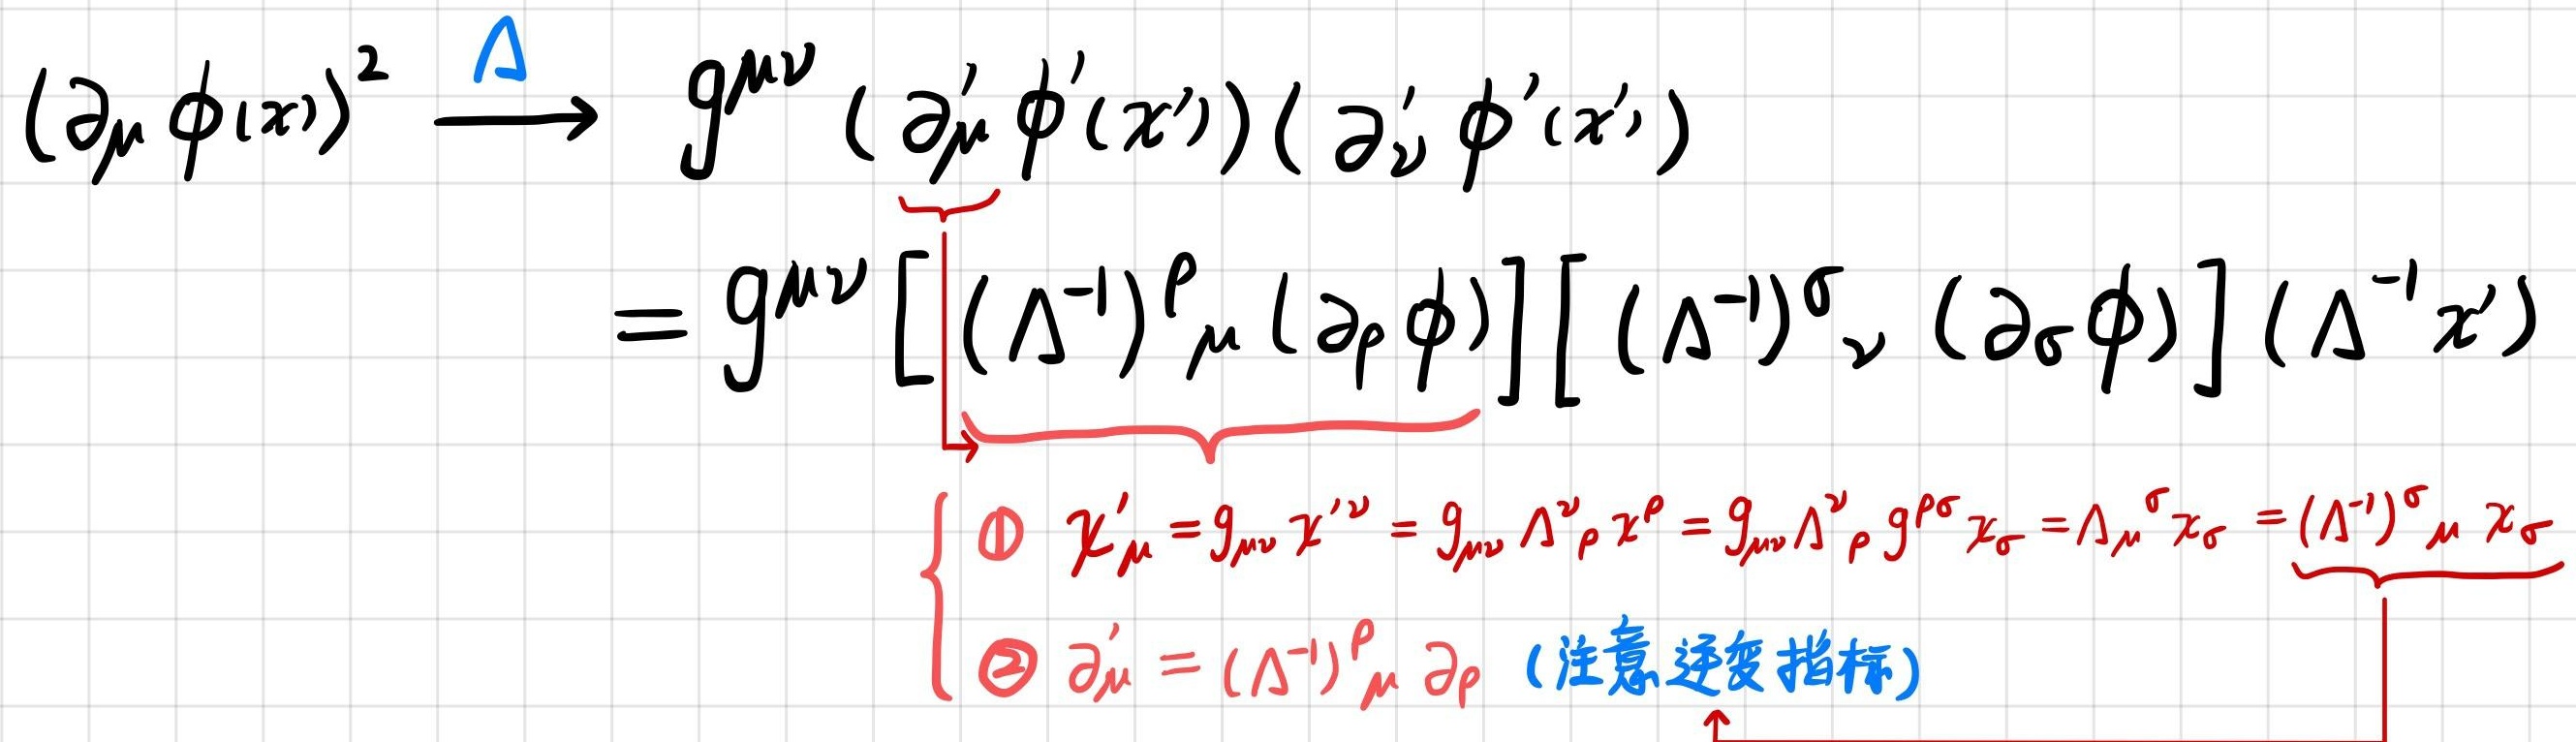
\[
\begin{align*}
(\partial_{\mu} \phi(x))^{2} &\xrightarrow{\Lambda} g^{\mu\nu} (\partial_{\mu}' \phi'(x')) (\partial_{\nu}' \phi'(x'))\\
&= g^{\mu\nu} \left[ (\Lambda^{-1})^{\rho}_{\mu} (\partial_{\rho} \phi) \right] \left[ (\Lambda^{-1})^{\sigma}_{\nu} (\partial_{\sigma} \phi) \right] (\Lambda^{-1} x')\\
&\left\{
\begin{array}{l}
\textcircled{1} \ \chi'_{\mu}=g_{\mu\nu} \chi'^{\nu}=g_{\mu\nu} \Lambda^{\nu}_{\rho} \chi^{\rho}=g_{\mu\nu} \Lambda^{\nu}_{\rho} g^{\rho\sigma} \chi_{\sigma}=\Lambda_{\mu}{}^{\sigma} \chi_{\sigma}=(\Lambda^{-1})^{\sigma}_{\mu} \chi_{\sigma}\\
\textcircled{2} \ \partial_{\mu}' = (\Lambda^{-1})^{\rho}_{\mu} \partial_{\rho} \ (\text{注意逆变指标})
\end{array}
\right.
\end{align*}
\]